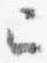
已